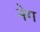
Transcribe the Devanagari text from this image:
नेग